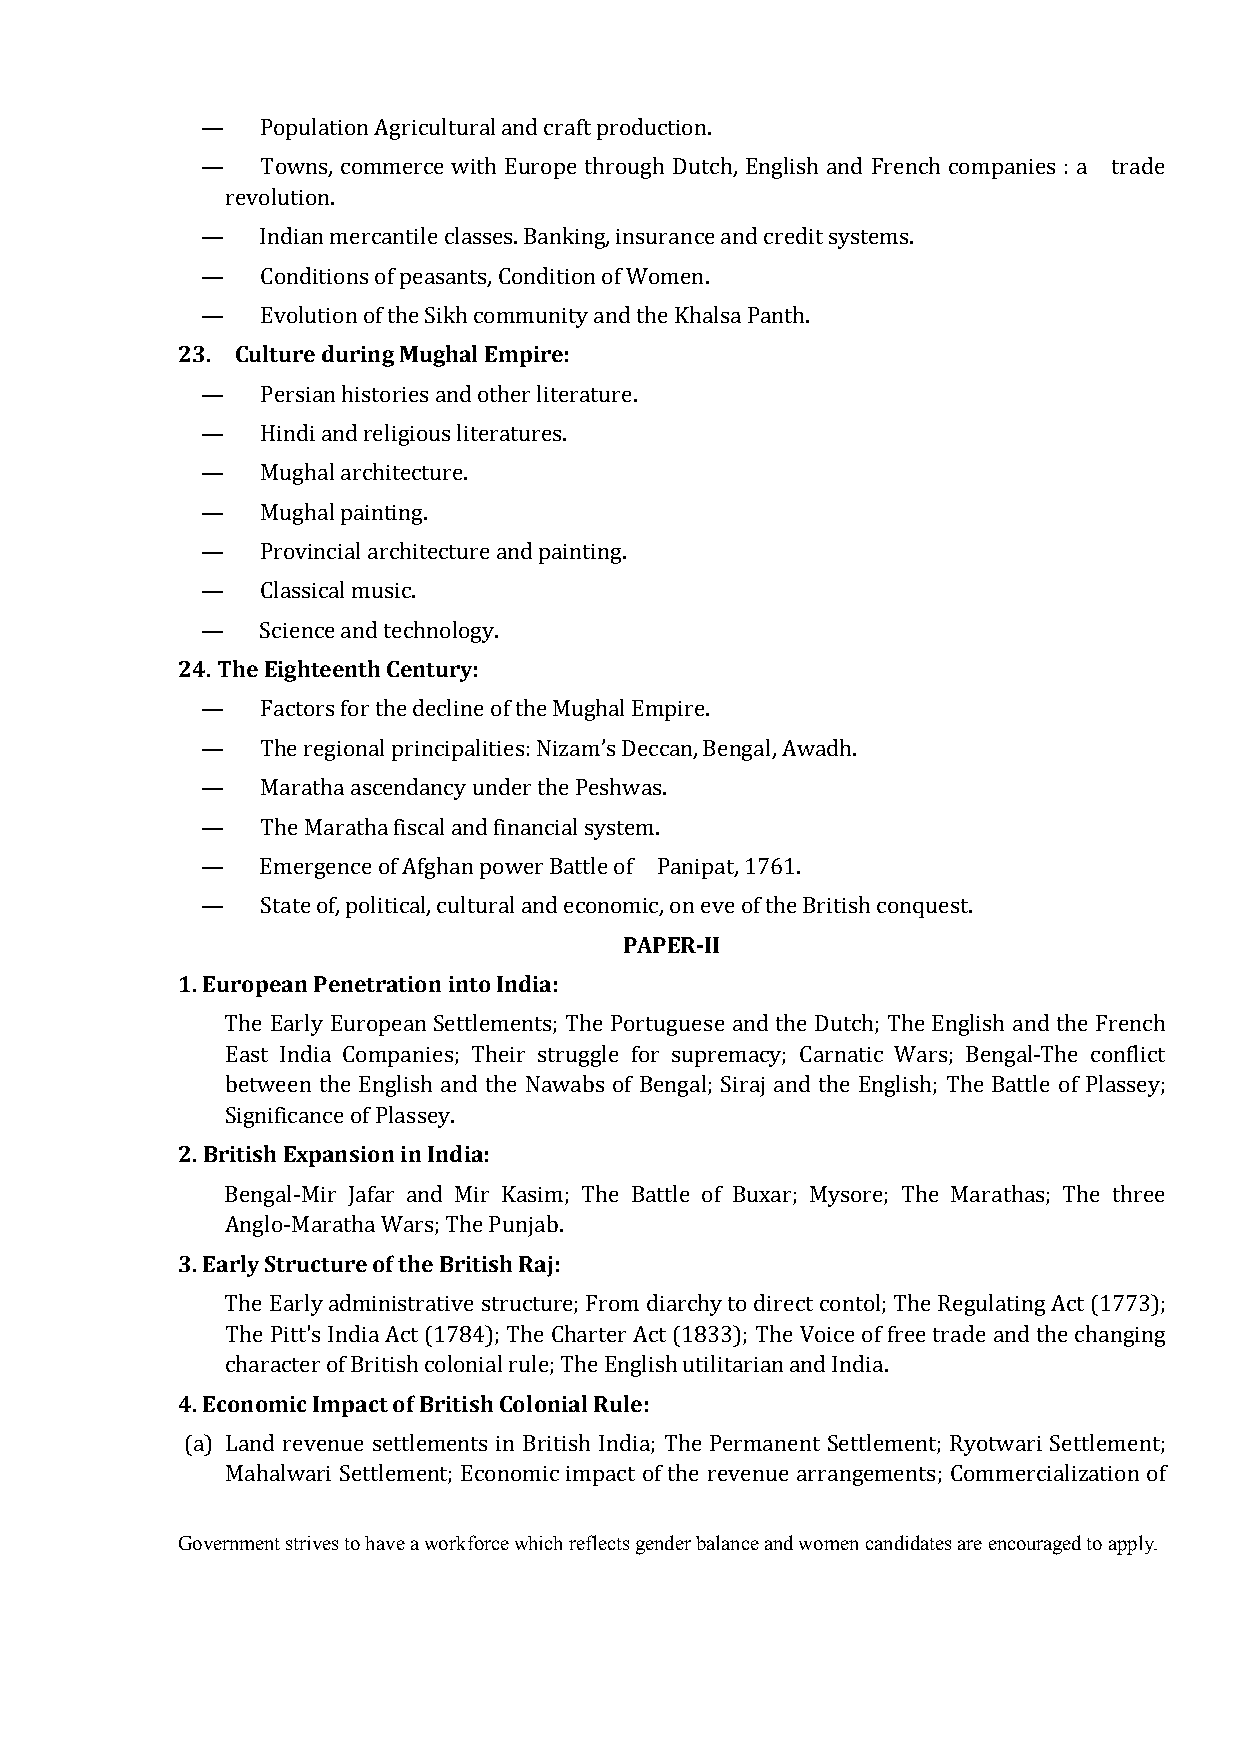
—   Population Agricultural and craft production.
 —   Towns, commerce with Europe through Dutch, English and French companies : a trade
 revolution.
 —   Indian mercantile classes. Banking, insurance and credit systems.
 —   Conditions of peasants, Condition of Women.
 23. Culture during Mughal Empire:
 —   Evolution of the Sikh community and the Khalsa Panth.
 —   Persian histories and other literature.
 —   Hindi and religious literatures.
 —   Mughal architecture.
 —   Mughal painting.
 —   Provincial architecture and painting.
 —   Classical music.
 24. The Eighteenth Century:
 —   Science and technology.
 —   Factors for the decline of the Mughal Empire.
 —   The regional principalities: Nizam’s Deccan, Bengal, Awadh.
 —   Maratha ascendancy under the Peshwas.
 —   The Maratha fiscal and financial system.
 —   Emergence of Afghan power Battle of Panipat, 1761.
 PAPER-II
 —   State of, political, cultural and economic, on eve of the British conquest.
 1. European Penetration into India:
 The Early European Settlements; The Portuguese and the Dutch; The English and the French
 East India Companies; Their struggle for supremacy; Carnatic Wars; Bengal-The conflict
 between the English and the Nawabs of Bengal; Siraj and the English; The Battle of Plassey;
 2. British Expansion in India:
 Significance of Plassey.
 Bengal-Mir Jafar and Mir Kasim; The Battle of Buxar; Mysore; The Marathas; The three
 3. Early Structure of the British Raj:
 Anglo-Maratha Wars; The Punjab.
 The Early administrative structure; From diarchy to direct contol; The Regulating Act (1773);
 The Pitt's India Act (1784); The Charter Act (1833); The Voice of free trade and the changing
 4. Economic Impact of British Colonial Rule:
 character of British colonial rule; The English utilitarian and India.
 (a) Land revenue settlements in British India; The Permanent Settlement; Ryotwari Settlement;
 Mahalwari Settlement; Economic impact of the revenue arrangements; Commercialization of
 Government strives to have a workforce which reflects gender balance and women candidates are encouraged to apply.